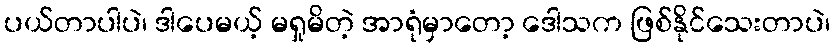
ပယ်တာပါပဲ၊ ဒါပေမယ့် မရှုမိတဲ့ အာရုံမှာတော့ ဒေါသက ဖြစ်နိုင်သေးတာပဲ၊